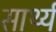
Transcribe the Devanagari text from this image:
सार्थ्य